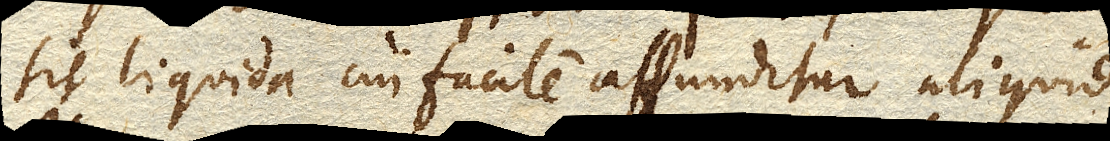
sit liquida cui facile affunditur aliquid